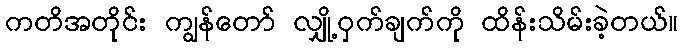
ကတိအတိုင်း ကျွန်တော် လျှို့ဝှက်ချက်ကို ထိန်းသိမ်းခဲ့တယ်။